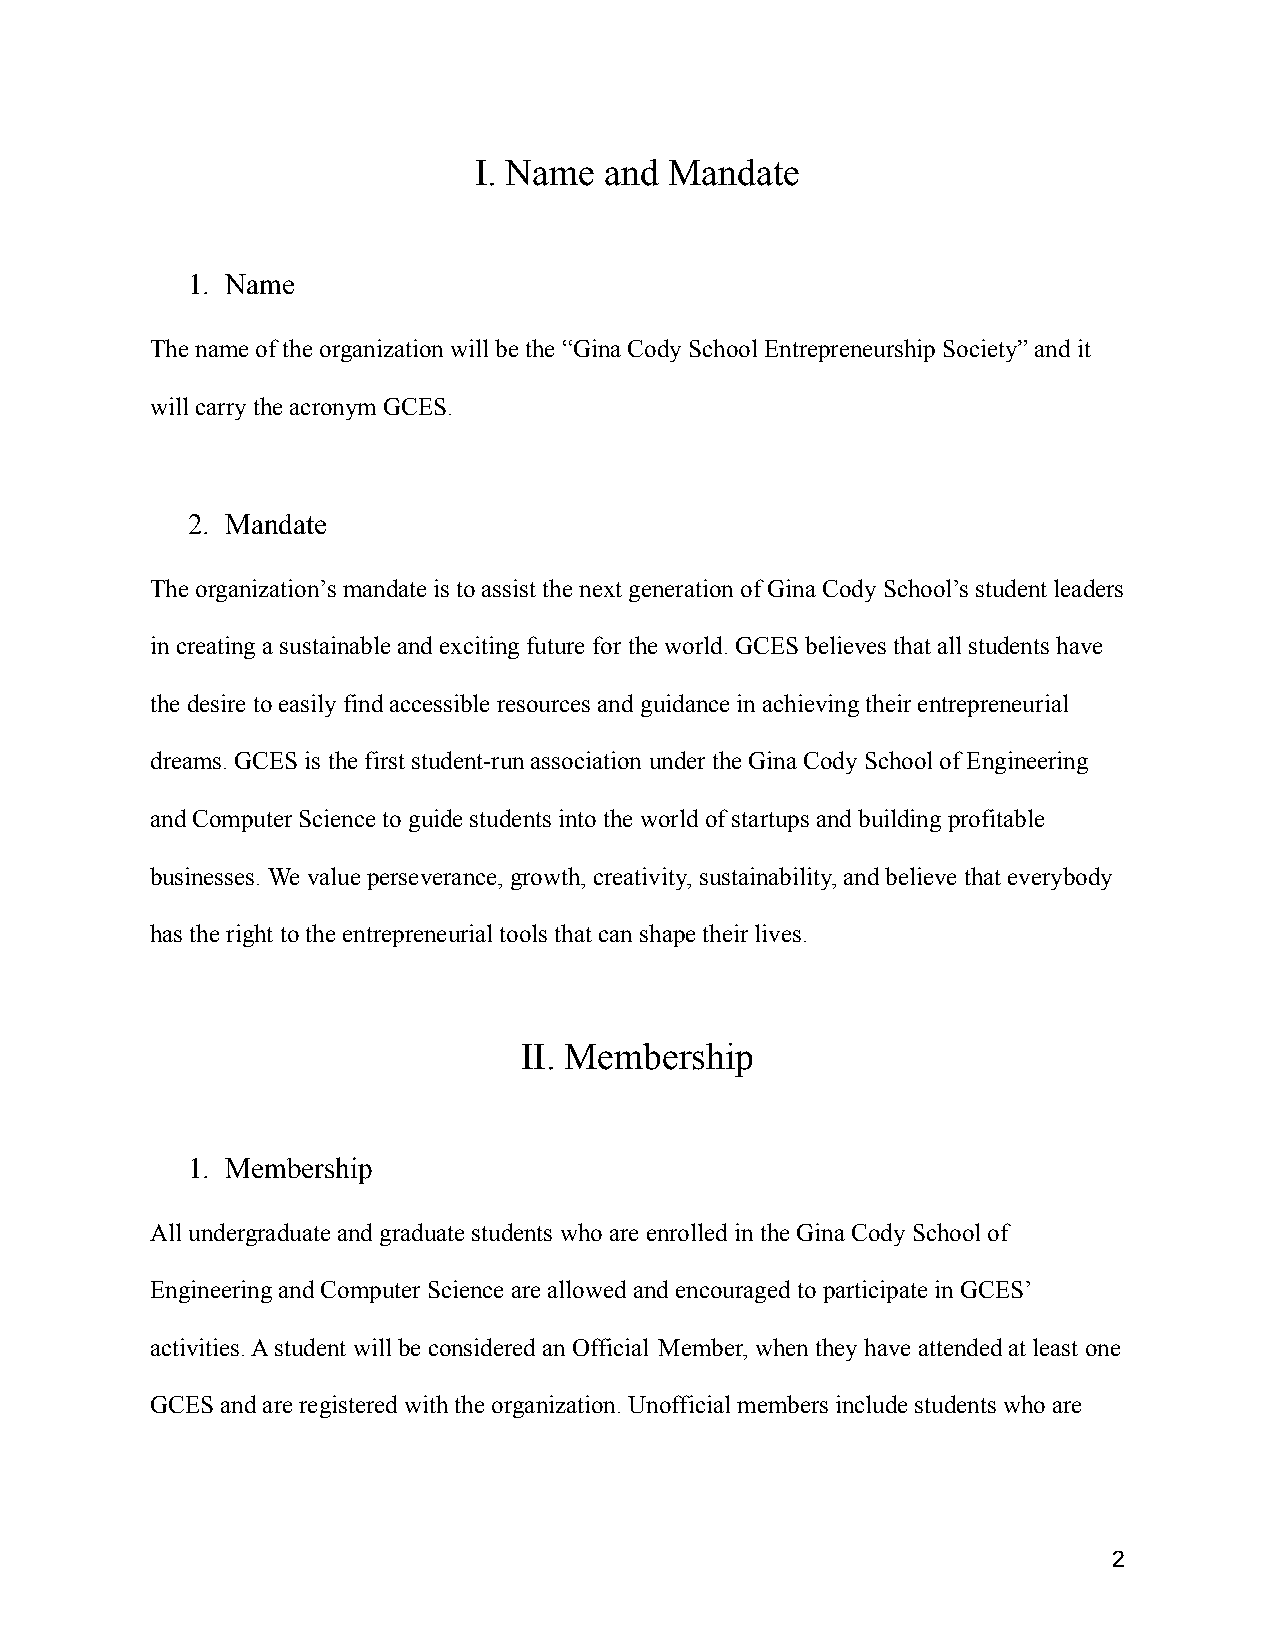
I. Name  and Mandate
 1. Name
 The name of the organization will be the “Gina Cody School Entrepreneurship Society” and it
 will carry the acronym GCES.
 2. Mandate
 The organization’s mandate is to assist the next generation of Gina Cody School’s student leaders
 in creating a sustainable and exciting future forthe world. GCES believes that all students have
 the desire to easily find accessible resources andguidance in achieving their entrepreneurial
 dreams. GCES is the first student-run associationunder the Gina Cody School of Engineering
 and Computer Science to guide students into the world of startups and building profitable
 businesses. We value perseverance, growth, creativity, sustainability, and believe that everybody
 has the right to the entrepreneurial tools that canshape their lives.
 II. Membership
 1. Membership
 All undergraduate and graduate students who are enrolled in the Gina Cody School of
 Engineering and Computer Science are allowed and encouraged to participate in GCES’
 activities. A student will be considered an Official Member, when they have attended at least one
 GCES and are registered with the organization. Unofficialmembers include students who are
 2